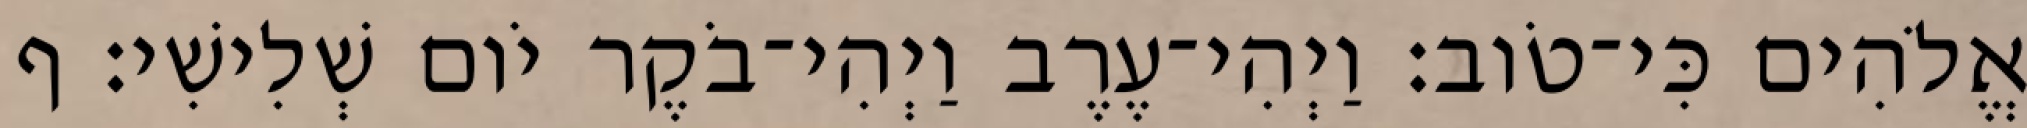
אֱלֹהִים כִּי־טֹוב׃ וַיְהִי־עֶרֶב וַיְהִי־בֹקֶר יֹום שְׁלִישִׁי׃ ף